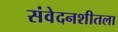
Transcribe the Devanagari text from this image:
संवेदनशीतला